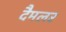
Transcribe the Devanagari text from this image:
दैमलर